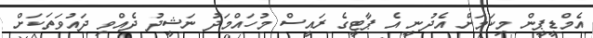
އެމްޑީޕީން މިކަމަށް އެދުނީ އެ ޕާޓީގެ ރައީސް މުހައްމަދު ނަޝީދު ދެއްވި ދައުވަތަކަށް